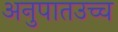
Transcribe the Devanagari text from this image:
अनुपातउच्च